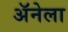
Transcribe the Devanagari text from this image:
अॅनेला